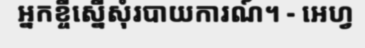
អ្នកខ្ចីស្នើសុំរបាយការណ៍។ - អេហ្វ